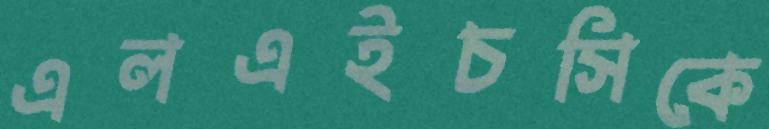
এলএইচসিকে